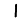
Digit: 1